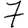
Digit: 7